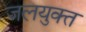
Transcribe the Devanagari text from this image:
जलयुक्‍त